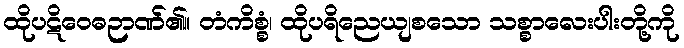
ထိုပဋိဝေဓဉာဏ်၏။ တံကိစ္စံ၊ ထိုပရိညေယျစသော သစ္စာလေးပါးတို့ကို